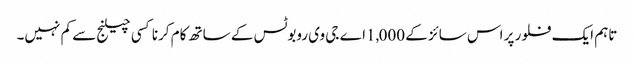
تاہم ایک فلور پر اس سائز کے 1,000اے جی وی روبوٹس کے ساتھ کام کرنا کسی چیلنج سے کم نہیں۔